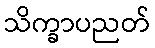
သိက္ခာပညတ်